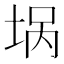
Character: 埚